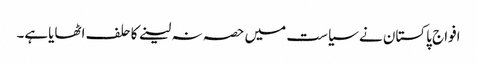
افواج پاکستان نے سیاست میں حصہ نہ لینے کاحلف اٹھایاہے۔